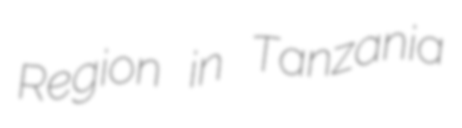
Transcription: Region in Tanzania